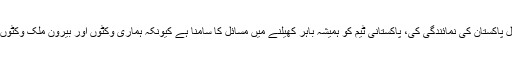
تفصیلات کے مطابق میڈیا سے گفتگو کرتے ہوئے مشتاق محمد نے کہا کہ 15 سال پاکستان کی نمائندگی کی، پاکستانی ٹیم کو ہمیشہ باہر کھیلنے میں مسائل کا سامنا ہے کیونکہ ہماری وکٹوں اور بیرون ملک وکٹوں میں کافی فرق ہے لیکن اچھا کھلاڑی اپنے آپ کو حالات کے مطابق ڈھال لیتا ہے۔